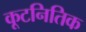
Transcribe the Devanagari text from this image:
कूटनितिक